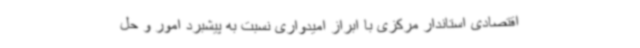
اقتصادی استاندار مرکزی با ابراز امیدواری نسبت به پیشبرد امور و حل